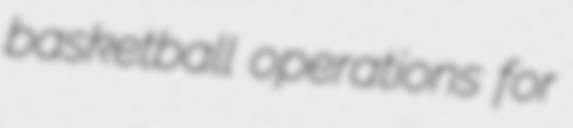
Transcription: basketball operations for